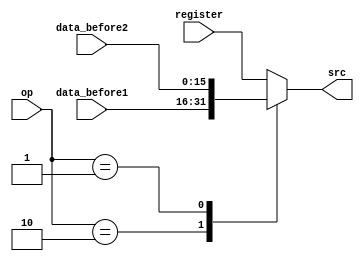
module MUX_forward (
    input [15:0] register, data_before1, data_before2,
    input [1:0] op,
    output [15:0] src
);
    function [15:0] res_forwardsrc;
        input [15:0] register, data_before1, data_before2;
        input [1:0] op;
        case (op)
            2'b00: res_forwardsrc = register;
            2'b10: res_forwardsrc = data_before1;
            2'b01: res_forwardsrc = data_before2;
            default: res_forwardsrc = register;
        endcase
    endfunction

    assign src = res_forwardsrc(register, data_before1, data_before2, op);
endmodule